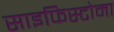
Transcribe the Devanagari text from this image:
साइफिस्टोमा